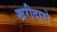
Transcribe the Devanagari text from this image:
खरीदारो